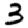
Digit: 3